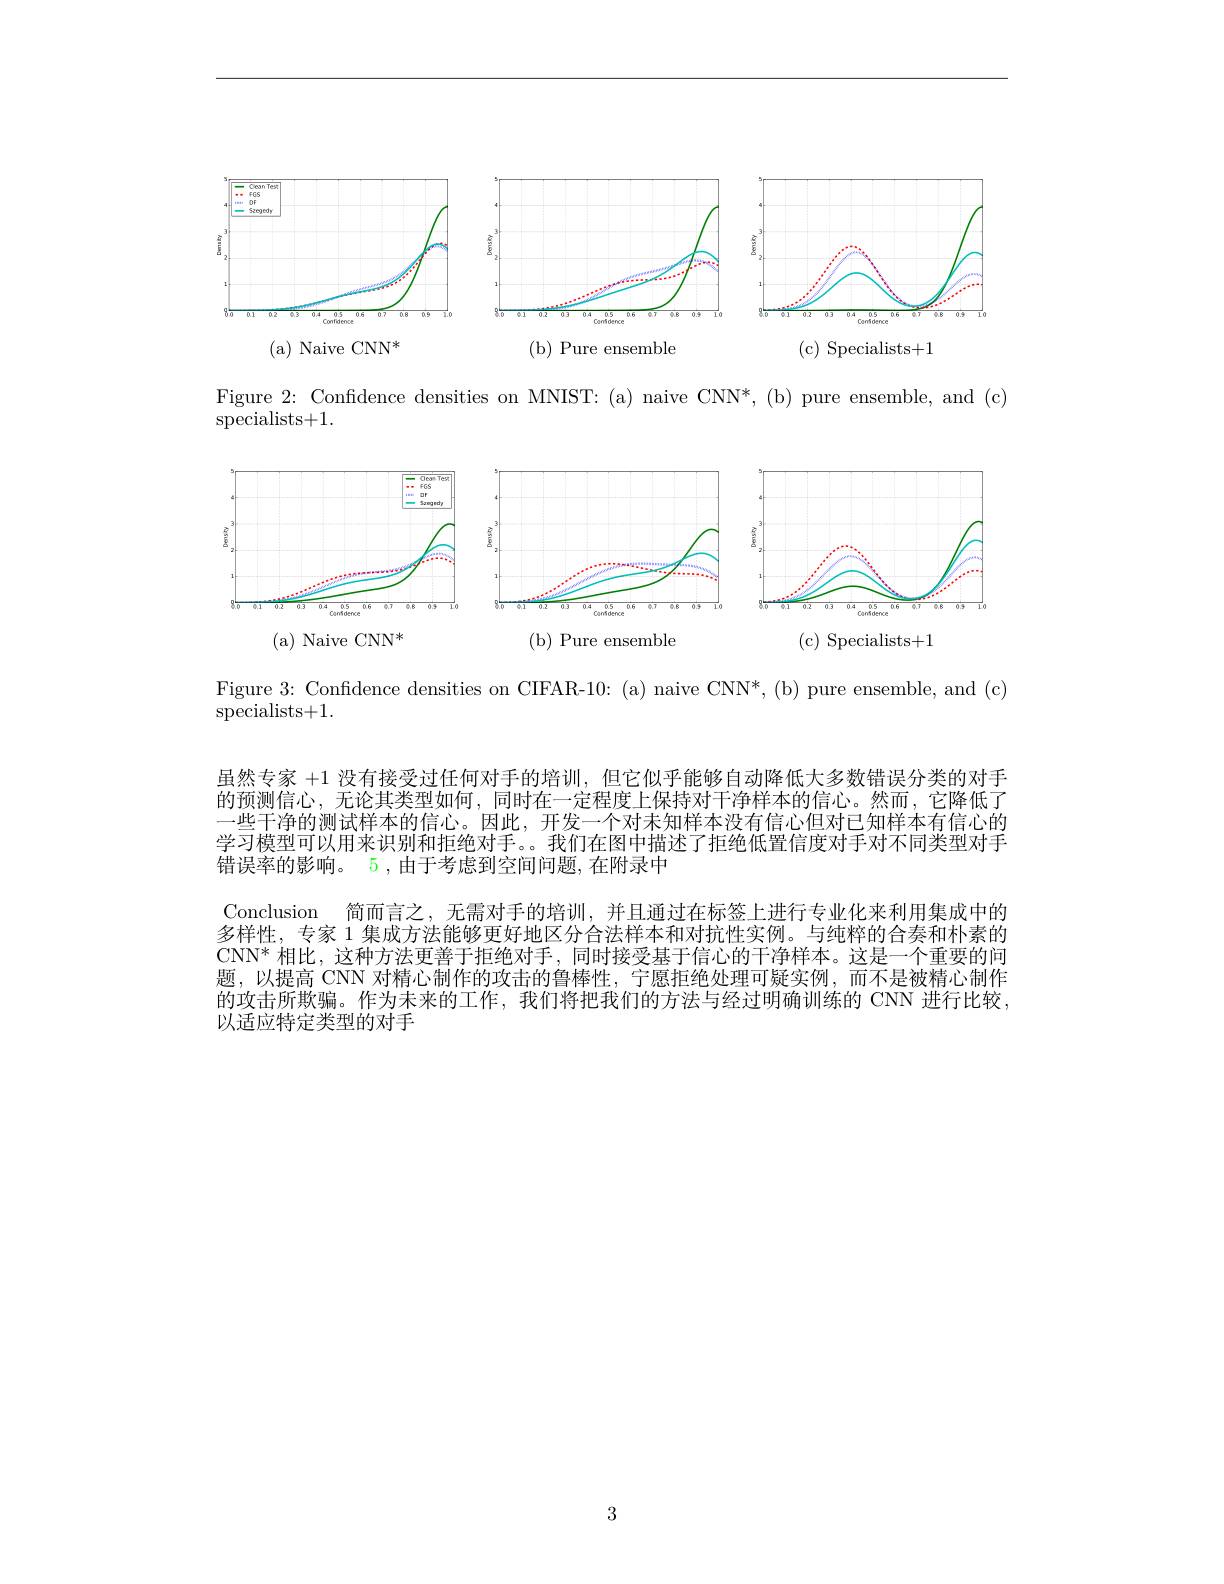
<FigureHere>
(a) Naive CNN*
( b) Pure ensemble
(c) Specialists+1

Figure 2: Confidence densities on MNIST: (a) naive CNN*, (b) pure ensemble, and (c)
$\mathop{\mathrm{specialists+1.}}$

<FigureHere>

Figure $3{:\text{ Confidence densities on CIFAR-10: (a) naive CNN*,(b) pure ensemble, and (c)}}$
$\operatorname{specialists+1}.$

虽然专家+1没有接受过任何对手的培训，但它似乎能够自动降低大多数错误分类的对手的预测信心，无论其类型如何，同时在一定程度上保持对干净样本的信心。然而，它降低了一些干净的测试样本的信心。因此，开发一个对未知样本没有信心但对已知样本有信心的学习模型可以用来识别和拒绝对手。。我们在图中描述了拒绝低置信度对手对不同类型对手错误率的影响。5 , 由于考虑到空间问题，在附录中

Conclusion 简而言之，无需对手的培训，并且通过在标签上进行专业化来利用集成中的多样性，专家 1 集成方法能够更好地区分合法样本和对抗性实例。与纯粹的合奏和朴素的CNN* 相比，这种方法更善于拒绝对手，同时接受基于信心的干净样本。这是一个重要的问题，以提高 CNN 对精心制作的攻击的鲁棒性，宁愿拒绝处理可疑实例，而不是被精心制作的攻击所欺骗。作为未来的工作，我们将把我们的方法与经过明确训练的 CNN 进行比较以适应特定类型的对手

3